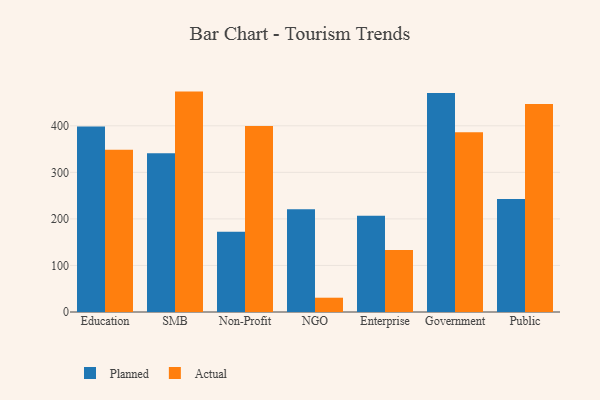
{"axis": {"x": "Segment", "y": "LTV (USD)"}, "legend": ["Actual", "Planned"], "data": [{"x": "Education", "y": 398.4, "type": "Planned"}, {"x": "Education", "y": 348.6, "type": "Actual"}, {"x": "SMB", "y": 340.9, "type": "Planned"}, {"x": "SMB", "y": 473.5, "type": "Actual"}, {"x": "Non-Profit", "y": 172.6, "type": "Planned"}, {"x": "Non-Profit", "y": 399.6, "type": "Actual"}, {"x": "NGO", "y": 220.7, "type": "Planned"}, {"x": "NGO", "y": 30.7, "type": "Actual"}, {"x": "Enterprise", "y": 206.9, "type": "Planned"}, {"x": "Enterprise", "y": 133.0, "type": "Actual"}, {"x": "Government", "y": 470.3, "type": "Planned"}, {"x": "Government", "y": 386.3, "type": "Actual"}, {"x": "Public", "y": 242.7, "type": "Planned"}, {"x": "Public", "y": 446.7, "type": "Actual"}]}